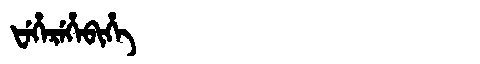
Manchu: ᡶᡝᡥᡝᡵᡝᡥᡝᠪᡳᡥᡝ
Romanization: FEHEREHEBIHE